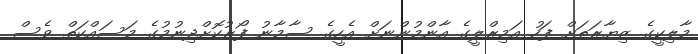
މާލިކީގެ ޒިޔާރަތަށް ފަހު އަމިރްލީގެ އާންމުންނަށް އެހީގެ ސާމާނު ފޯރުކޮށްދިނުމުގެ މަސައްކަތް ވެސް